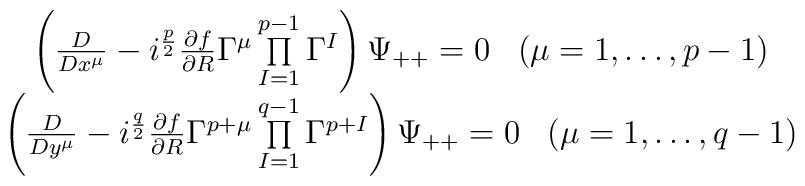
\begin{array}{c}\left({D\over D x^{\mu}}-i^{p\over 2}{\partial f\over\partial R}\Gamma^{\mu}\prod\limits_{I=1}^{p-1}\Gamma^I\right)\Psi_{++}=0\;\;\; (\mu=1,\ldots,p-1)\\\left({D\over D y^{\mu}}-i^{q\over 2}{\partial f\over\partial R}\Gamma^{p+\mu}\prod\limits_{I=1}^{q-1}\Gamma^{p+I}\right)\Psi_{++}=0\;\;\; (\mu=1,\ldots,q-1)\end{array}